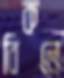
বিকলে